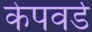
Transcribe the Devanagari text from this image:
केपवर्ड